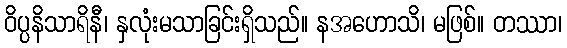
ဝိပ္ပနိသာရိနီ၊ နှလုံးမသာခြင်းရှိသည်။ နအဟောသိ၊ မဖြစ်။ တဿာ၊